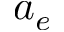
a _ { e }